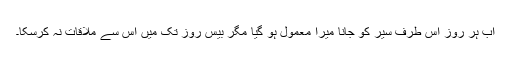
اب ہر روز اس طرف سیر کو جانا میرا معمول ہو گیا مگر بیس روز تک میں اس سے ملاقات نہ کرسکا۔